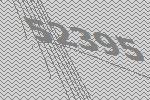
52395